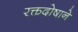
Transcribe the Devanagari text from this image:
रक्तदोषाने